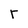
Character: r